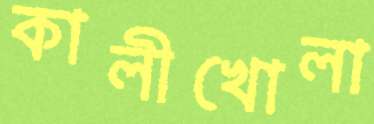
কালীখোলা